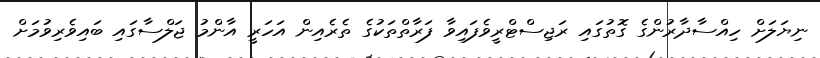
ނިޔަލަށް ހިއްސާދާރުންގެ ގޮތުގައި ރަޖިސްޓްރީވެފައިވާ ފަރާތްތަކުގެ ތެރެއިން އަހަރީ އާންމު ޖަލްސާގައި ބައިވެރިވުމަށް